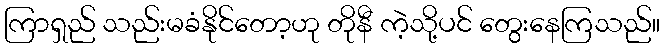
ကြာရှည် သည်းမခံနိုင်တော့ဟု တိုနီ ကဲ့သို့ပင် တွေးနေကြသည်။